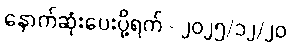
နောက်ဆုံးပေးပို့ရက် - ၂၀၂၅/၁၂/၂၀